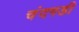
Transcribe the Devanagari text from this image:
चंंदगडी